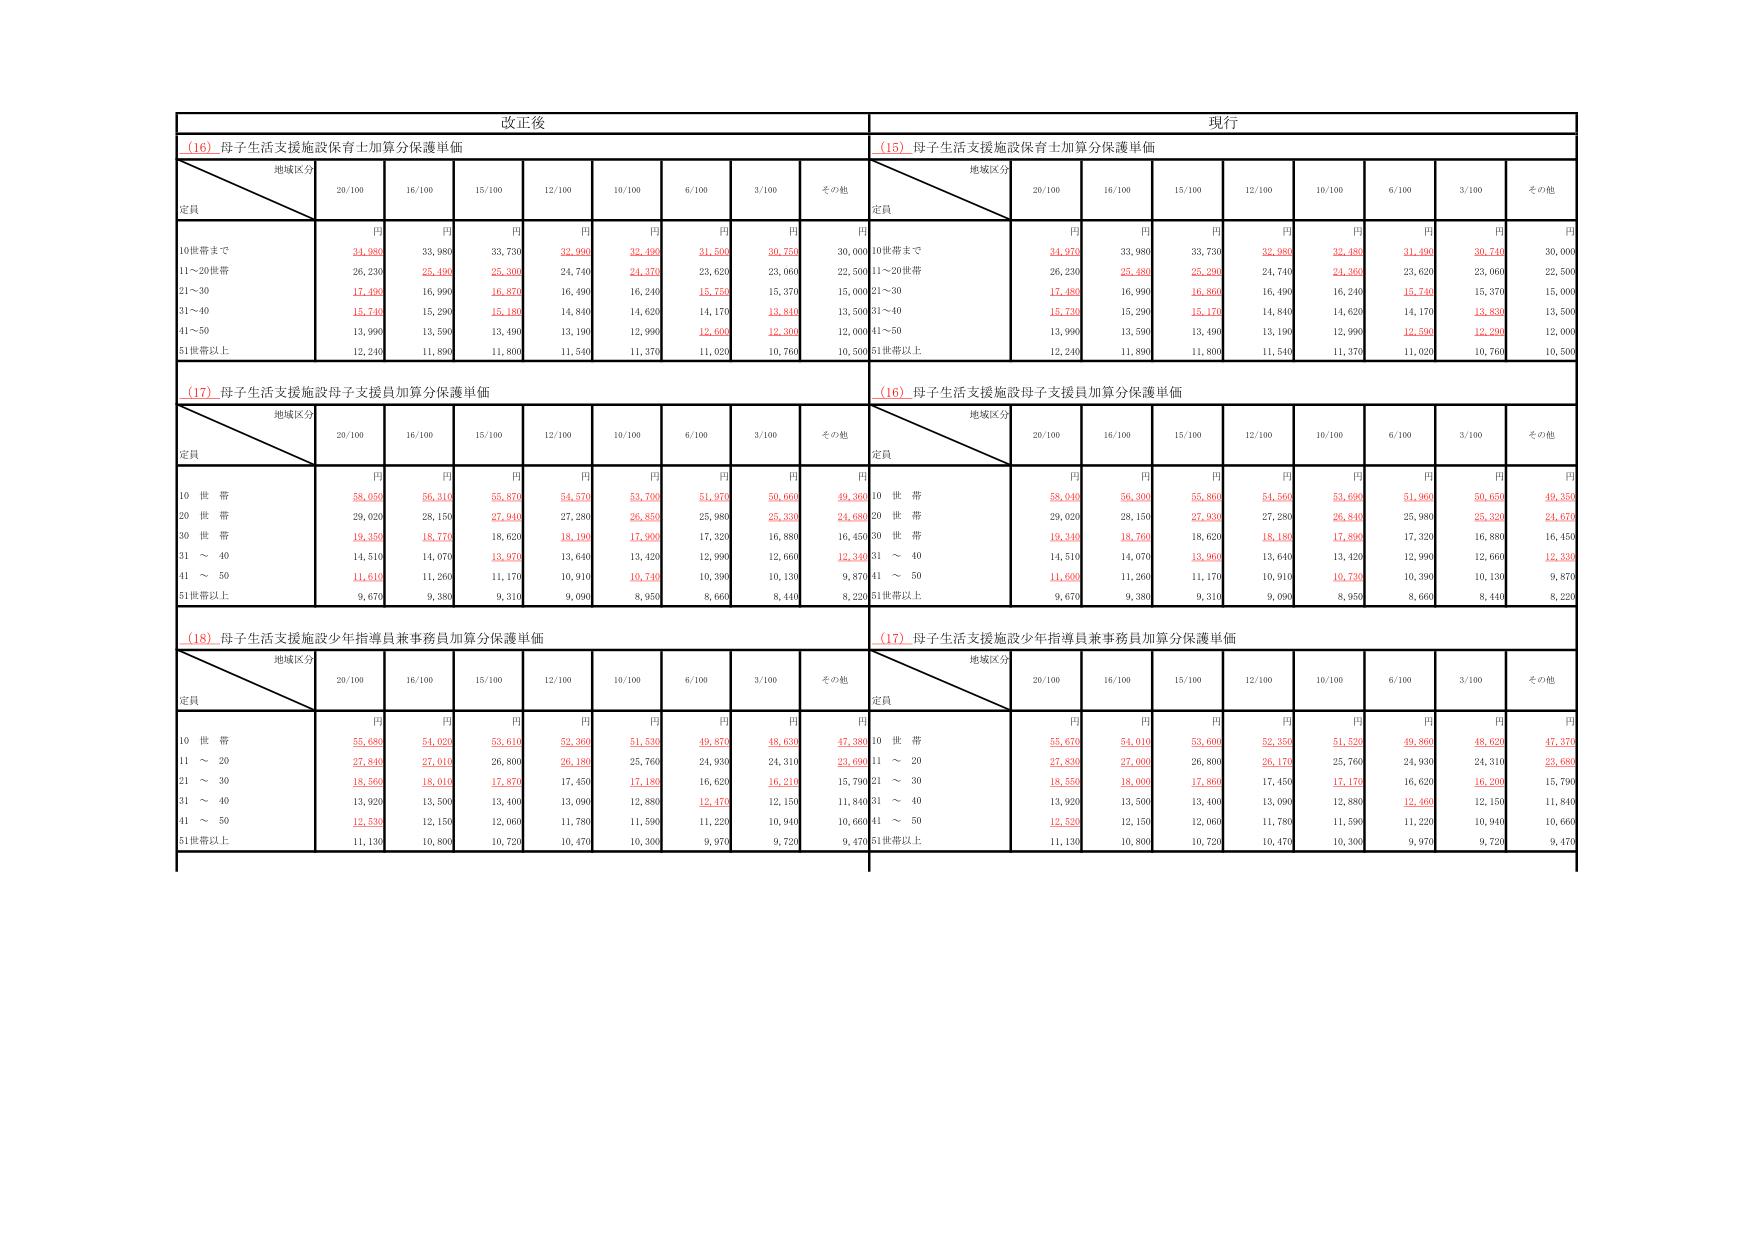
改正後
(16) 母子生活支援施設保育士加算分保護単価
地域区分
定員
20/100
16/100
15/100
12/100
10/100
6/100
3/100
その他
円
円
円
円
円
円
円
円
10世帯まで
34,980
33,980
33,730
32,990
32,490
31,500
30,750
30,000
11～20世帯
26,230
25,480
25,300
24,740
24,370
23,620
23,060
22,500
21～30
17,490
16,990
16,870
16,490
16,240
15,750
15,370
15,000
31～40
15,740
15,290
15,180
14,840
14,620
14,170
13,840
13,500
41～50
13,990
13,590
13,490
13,190
12,990
12,600
12,300
12,000
51世帯以上
12,240
11,890
11,800
11,540
11,370
11,020
10,760
10,500
(17) 母子生活支援施設母子支援員加算分保護単価
地域区分
定員
20/100
16/100
15/100
12/100
10/100
6/100
3/100
その他
円
円
円
円
円
円
円
円
10 世 帯
58,050
56,310
55,870
54,570
53,700
51,970
50,660
49,360
20 世 帯
29,020
28,150
27,940
27,280
26,850
25,980
25,330
24,680
30 世 帯
19,350
18,770
18,620
18,190
17,900
17,320
16,880
16,450
31 ～ 40
14,510
14,070
13,970
13,640
13,420
12,990
12,660
12,340
41 ～ 50
11,610
11,260
11,170
10,910
10,740
10,390
10,130
9,870
51世帯以上
9,670
9,380
9,310
9,090
8,950
8,660
8,440
8,220
(18) 母子生活支援施設少年指導員兼事務員加算分保護単価
地域区分
定員
20/100
16/100
15/100
12/100
10/100
6/100
3/100
その他
円
円
円
円
円
円
円
円
10 世 帯
55,680
54,020
53,610
52,360
51,530
49,870
48,630
47,380
11 ～ 20
27,840
27,010
26,800
26,180
25,760
24,930
24,310
23,690
21 ～ 30
18,560
18,010
17,870
17,450
17,180
16,620
16,210
15,790
31 ～ 40
13,920
13,500
13,400
13,090
12,880
12,470
12,150
11,840
41 ～ 50
12,530
12,150
12,060
11,780
11,590
11,220
10,940
10,660
51世帯以上
11,130
10,800
10,720
10,470
10,300
9,970
9,720
9,470
現行
(15) 母子生活支援施設保育士加算分保護単価
地域区分
定員
20/100
16/100
15/100
12/100
10/100
6/100
3/100
その他
円
円
円
円
円
円
円
円
10世帯まで
34,970
33,980
33,730
32,980
32,480
31,490
30,740
30,000
11～20世帯
26,230
25,480
25,260
24,740
24,360
23,620
23,060
22,500
21～30
17,480
16,990
16,860
16,490
16,240
15,740
15,370
15,000
31～40
15,730
15,290
15,170
14,840
14,620
14,170
13,830
13,500
41～50
13,990
13,590
13,490
13,190
12,990
12,590
12,290
12,000
51世帯以上
12,240
11,890
11,800
11,540
11,370
11,020
10,760
10,500
(16) 母子生活支援施設母子支援員加算分保護単価
地域区分
定員
20/100
16/100
15/100
12/100
10/100
6/100
3/100
その他
円
円
円
円
円
円
円
円
10 世 帯
58,040
56,300
55,860
54,560
53,690
51,960
50,650
49,350
20 世 帯
29,020
28,150
27,930
27,280
26,840
25,980
25,320
24,670
30 世 帯
19,340
18,760
18,620
18,180
17,890
17,320
16,880
16,450
31 ～ 40
14,510
14,070
13,960
13,640
13,420
12,990
12,660
12,330
41 ～ 50
11,600
11,260
11,170
10,910
10,730
10,390
10,130
9,870
51世帯以上
9,670
9,380
9,310
9,090
8,950
8,660
8,440
8,220
(17) 母子生活支援施設少年指導員兼事務員加算分保護単価
地域区分
定員
20/100
16/100
15/100
12/100
10/100
6/100
3/100
その他
円
円
円
円
円
円
円
円
10 世 帯
55,670
54,010
53,600
52,350
51,520
49,860
48,620
47,370
11 ～ 20
27,830
27,000
26,800
26,170
25,760
24,930
24,310
23,680
21 ～ 30
18,550
18,000
17,860
17,450
17,170
16,620
16,200
15,790
31 ～ 40
13,920
13,500
13,400
13,090
12,880
12,460
12,150
11,840
41 ～ 50
12,520
12,150
12,060
11,780
11,590
11,220
10,940
10,660
51世帯以上
11,130
10,800
10,720
10,470
10,300
9,970
9,720
9,470